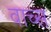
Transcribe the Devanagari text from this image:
वाच्स